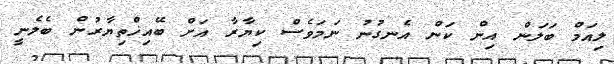
ލިއަމް ބަލަން އިން ކަން އެނގުނު ނަމަވެސް ކިޔާރާ އަށް ބޭއިޚްތިޔާރުން ބެލެނީ